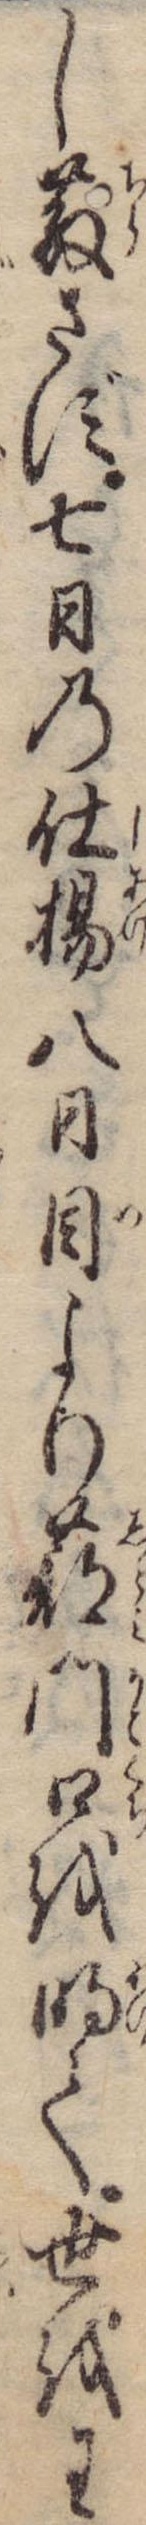
し散さず七日の仕揚八日目より蔀門口を明て世をわ